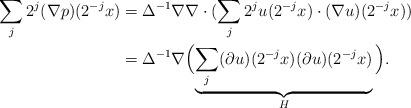
LaTeX: \begin{align*} \sum_j 2^j (\nabla p)(2^{-j} x) &= \Delta^{-1} \nabla \nabla \cdot ( \sum_j 2^j u(2^{-j}x) \cdot (\nabla u) (2^{-j} x) ) \\ &= \Delta^{-1} \nabla \Bigl( \underbrace{\sum_j (\partial u) (2^{-j} x) (\partial u) (2^{-j} x)}_H \Big).\end{align*}